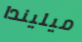
ميليندا